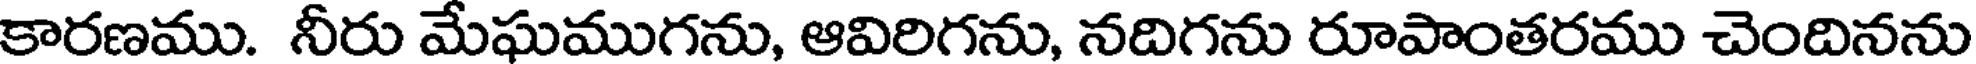
కారణము. నీరు మేఘముగను, ఆవిరిగను, నదిగను రూపాంతరము చెందినను